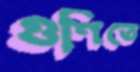
গুণিতে